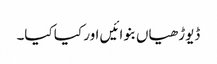
ڈیوڑھیاں بنوائیں اور کیا کیا۔